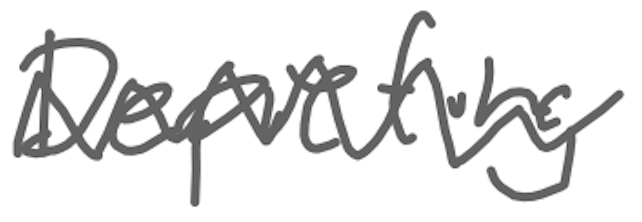
Text: Depicting
Cross-out: zig-zag
Writing tool: digital_gray